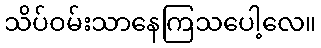
သိပ်ဝမ်းသာနေကြသပေါ့လေ။